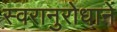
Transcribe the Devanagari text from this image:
स्वरानुरोधानें